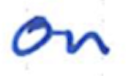
Text: on
Cross-out: clean
Writing tool: ballpoint